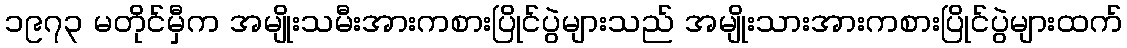
၁၉၇၃ မတိုင်မှီက အမျိုးသမီးအားကစားပြိုင်ပွဲများသည် အမျိုးသားအားကစားပြိုင်ပွဲများထက်